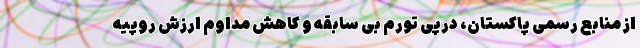
از منابع رسمی پاکستان، درپی تورم بی سابقه و کاهش مداوم ارزش روپیه